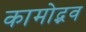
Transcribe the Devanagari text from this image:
कामोद्भव